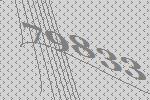
79833